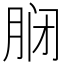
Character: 𫆝